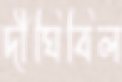
দীঘিবিল